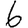
Digit: 6